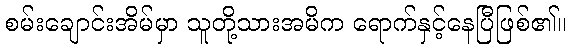
စမ်းချောင်းအိမ်မှာ သူတို့သားအမိက ရောက်နှင့်နေပြီဖြစ်၏။